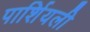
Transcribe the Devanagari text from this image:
पार्शियली